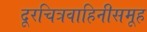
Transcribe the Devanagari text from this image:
दूरचित्रवाहिनीसमूह